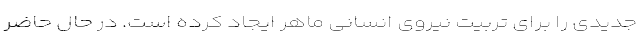
جدیدی را برای تربیت نیروی انسانی ماهر ایجاد کرده است. در حال حاضر